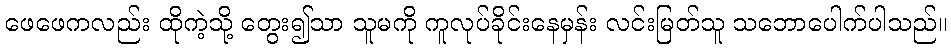
ဖေဖေကလည်း ထိုကဲ့သို့ တွေး၍သာ သူမကို ကူလုပ်ခိုင်းနေမှန်း လင်းမြတ်သူ သဘောပေါက်ပါသည်။